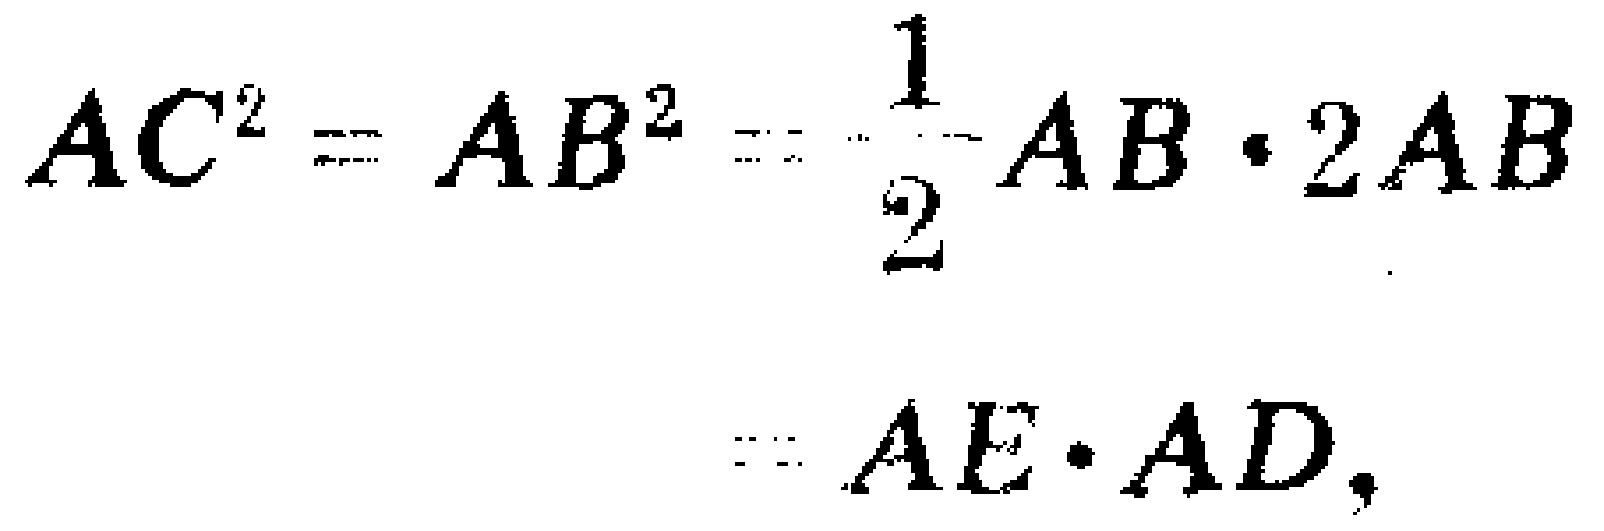
\[

\begin{align*}

AC^{2}&=AB^{2}=\frac{1}{2}AB\cdot 2AB\\

&=AE\cdot AD,

\end{align*}

\]